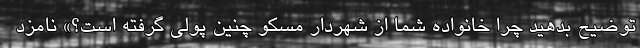
توضیح بدهید چرا خانواده شما از شهردار مسکو چنین پولی گرفته است؟» نامزد